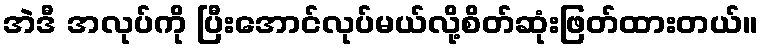
အဲဒီ အလုပ်ကို ပြီးအောင်လုပ်မယ်လို့စိတ်ဆုံးဖြတ်ထားတယ်။